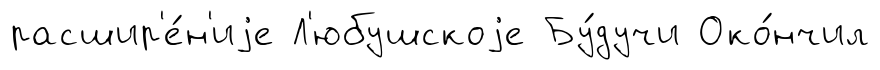
расшир'е́н'иjе Л'юбушскоjе Бу́дучи Око́нчил